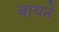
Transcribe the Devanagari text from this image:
बायने